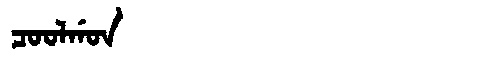
Manchu: ᠴᠣᠣᠯᡤᠣᠨ
Romanization: COOLGON